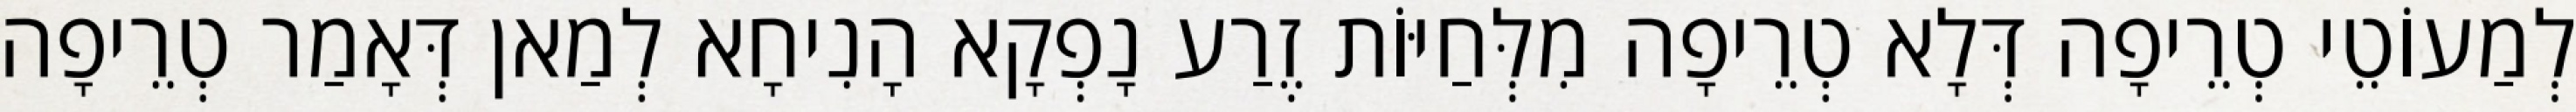
לְמַעוֹטֵי טְרֵיפָה דְּלָא טְרֵיפָה מִלְּחַיּוֹת זֶרַע נָפְקָא הָנִיחָא לְמַאן דְּאָמַר טְרֵיפָה